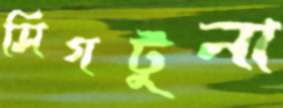
সিগটুনা